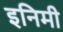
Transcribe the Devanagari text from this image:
इनिमी